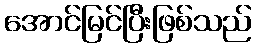
အောင်မြင်ပြီးဖြစ်သည်